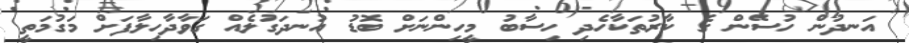
އަނދުން ހުސޭން ގެ ކާރުތަކާހެދި ހިސާބު މީހިންނަށް ބޮޑު އުނދަގުލެއް ގަވާދާހިލާފަށް މަގުމަތީ